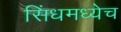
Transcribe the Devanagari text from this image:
सिंधमध्येच